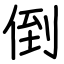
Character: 倒